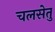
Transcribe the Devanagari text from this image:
चलसेतु